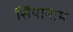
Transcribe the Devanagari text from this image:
सिंपानाम